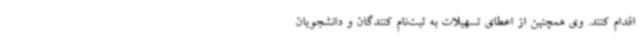
اقدام کنند. وی همچنین از اعطای تسهیلات به ثبت‌نام کنندگان و دانشجویان